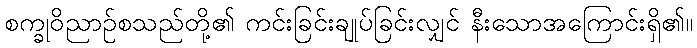
စက္ခုဝိညာဉ်စသည်တို့၏ ကင်းခြင်းချုပ်ခြင်းလျှင် နီးသောအကြောင်းရှိ၏။